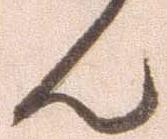
ん